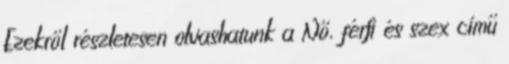
Ezekről részletesen olvashatunk a Nő, férﬁ és szex című